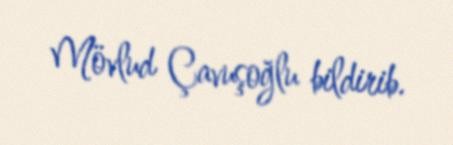
Mövlud Çavuşoğlu bildirib.